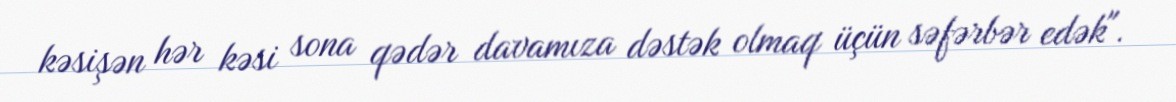
kəsişən hər kəsi sona qədər davamıza dəstək olmaq üçün səfərbər edək".